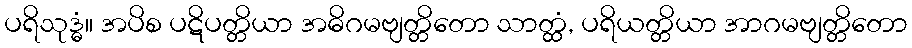
ပရိသုဒ္ဓံ။ အပိစ ပဋိပတ္တိယာ အဓိဂမဗျတ္တိတော သာတ္ထံ, ပရိယတ္တိယာ အာဂမဗျတ္တိတော